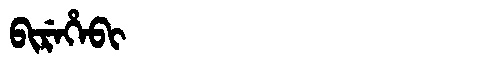
Manchu: ᠪᡳᡵᡝᡥᡝᠪᡳ
Romanization: BIREHEBI